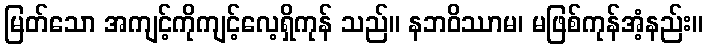
မြတ်သော အကျင့်ကိုကျင့်လေ့ရှိကုန် သည်။ နဘဝိဿာမ၊ မဖြစ်ကုန်အံ့နည်း။